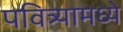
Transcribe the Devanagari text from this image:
पवित्र्यामध्ये